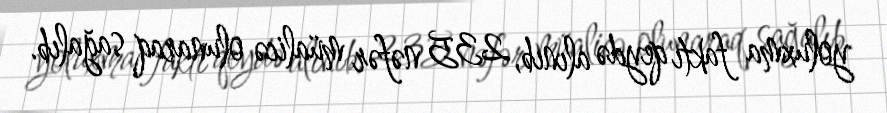
yoluxma faktı qeydə alınıb, 235 nəfər müalicə olunaraq sağalıb.